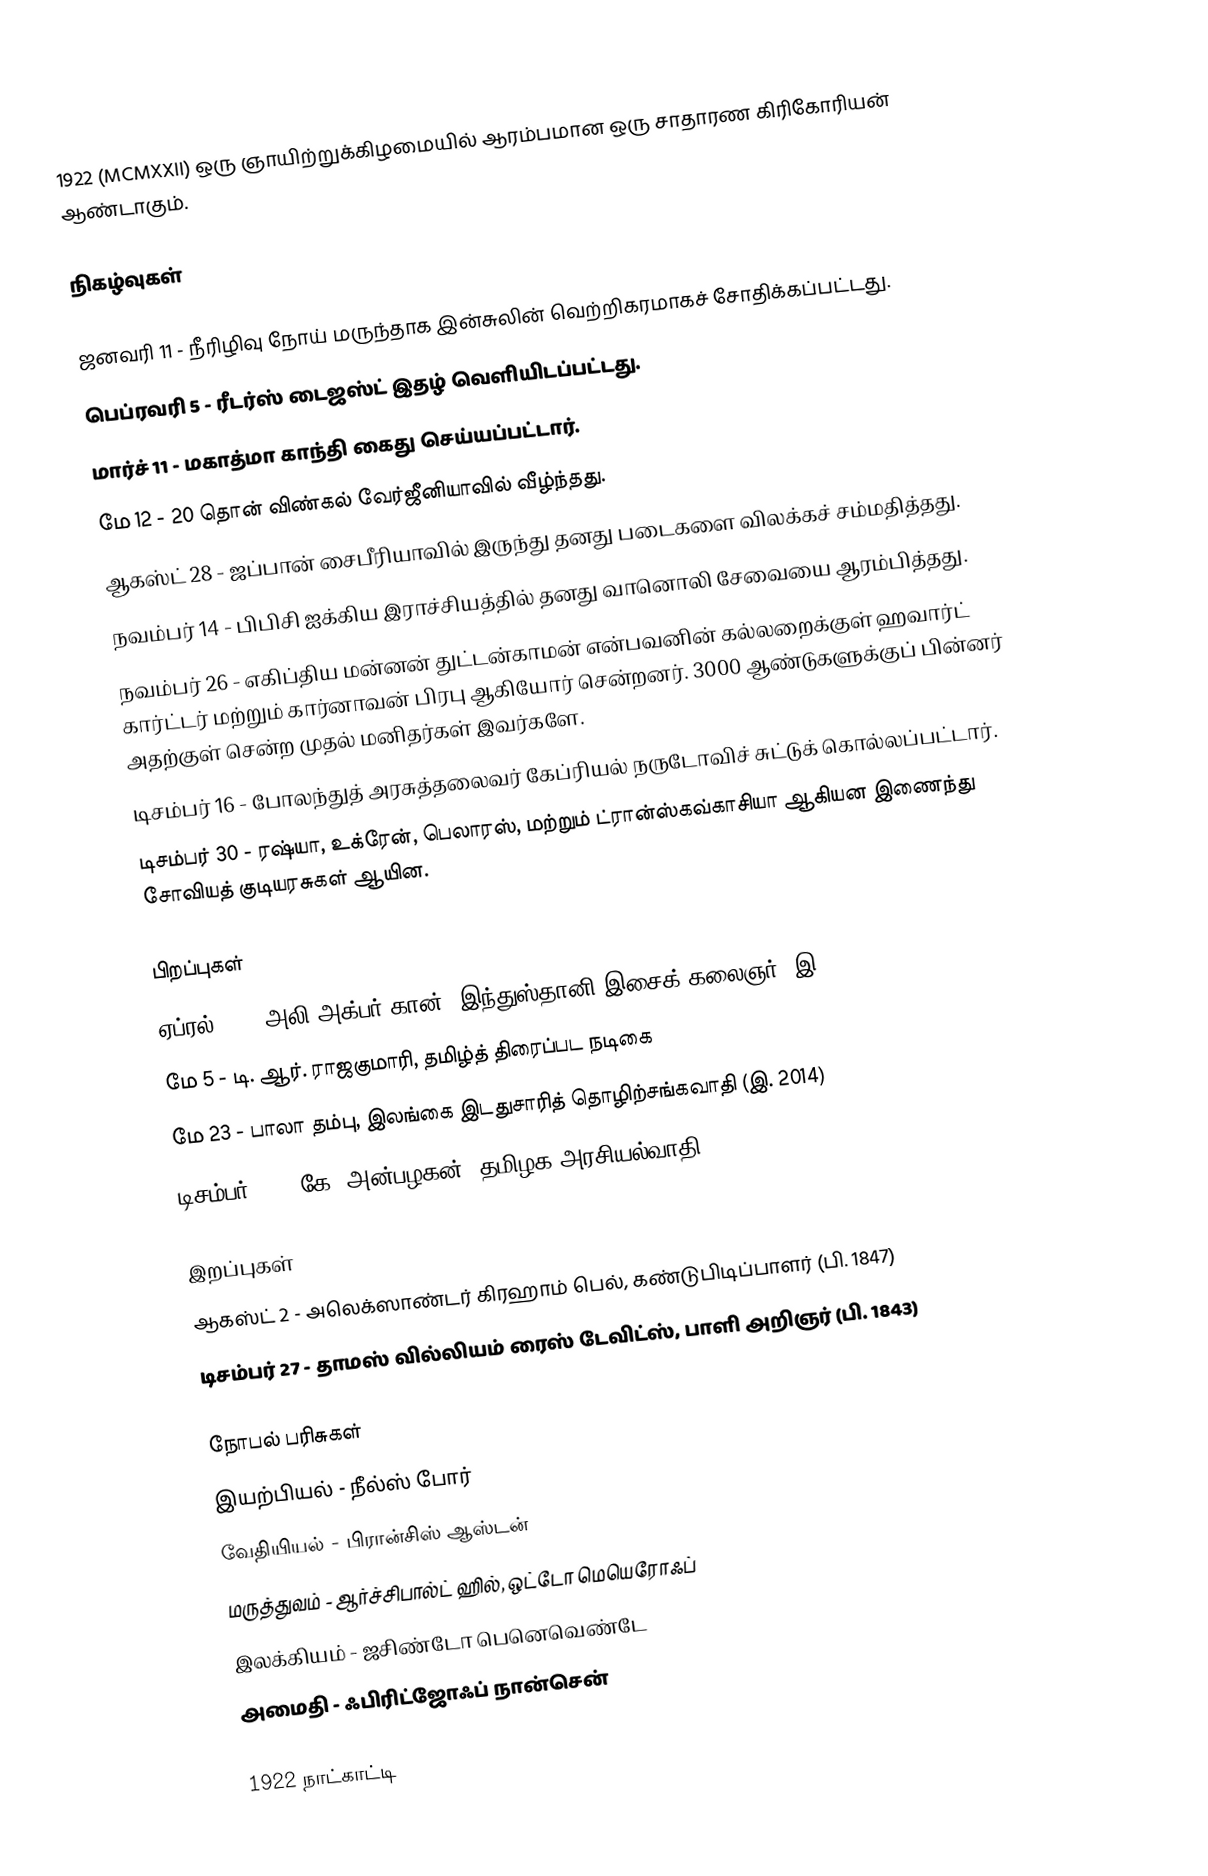
1922  (MCMXXII) ஒரு ஞாயிற்றுக்கிழமையில் ஆரம்பமான ஒரு சாதாரண கிரிகோரியன் ஆண்டாகும்.

நிகழ்வுகள்

 ஜனவரி 11 - நீரிழிவு நோய் மருந்தாக இன்சுலின் வெற்றிகரமாகச் சோதிக்கப்பட்டது.
 பெப்ரவரி 5 - ரீடர்ஸ் டைஜஸ்ட் இதழ் வெளியிடப்பட்டது.
 மார்ச் 11 - மகாத்மா காந்தி கைது செய்யப்பட்டார்.
 மே 12 - 20 தொன் விண்கல் வேர்ஜீனியாவில் வீழ்ந்தது.
 ஆகஸ்ட் 28 - ஜப்பான் சைபீரியாவில் இருந்து தனது படைகளை விலக்கச் சம்மதித்தது.
 நவம்பர் 14 - பிபிசி ஐக்கிய இராச்சியத்தில் தனது வானொலி சேவையை ஆரம்பித்தது.
 நவம்பர் 26 - எகிப்திய மன்னன் துட்டன்காமன் என்பவனின் கல்லறைக்குள் ஹவார்ட் கார்ட்டர் மற்றும் கார்னாவன் பிரபு ஆகியோர் சென்றனர். 3000 ஆண்டுகளுக்குப் பின்னர் அதற்குள் சென்ற முதல் மனிதர்கள் இவர்களே.
 டிசம்பர் 16 - போலந்துத் அரசுத்தலைவர் கேப்ரியல் நருடோவிச் சுட்டுக் கொல்லப்பட்டார்.
 டிசம்பர் 30 - ரஷ்யா, உக்ரேன், பெலாரஸ், மற்றும் ட்ரான்ஸ்கவ்காசியா ஆகியன இணைந்து சோவியத் குடியரசுகள் ஆயின.

பிறப்புகள்
 ஏப்ரல் 14 - அலி அக்பர் கான், இந்துஸ்தானி இசைக் கலைஞர் (இ. 2009)
 மே 5 - டி. ஆர். ராஜகுமாரி, தமிழ்த் திரைப்பட நடிகை
 மே 23 - பாலா தம்பு, இலங்கை இடதுசாரித் தொழிற்சங்கவாதி (இ. 2014)
 டிசம்பர் 19 - கே. அன்பழகன், தமிழக அரசியல்வாதி

இறப்புகள்
 ஆகஸ்ட் 2 - அலெக்ஸாண்டர் கிரஹாம் பெல், கண்டுபிடிப்பாளர் (பி. 1847)
 டிசம்பர் 27 - தாமஸ் வில்லியம் ரைஸ் டேவிட்ஸ், பாளி அறிஞர் (பி. 1843)

நோபல் பரிசுகள்
 இயற்பியல் - நீல்ஸ் போர்
 வேதியியல் - பிரான்சிஸ் ஆஸ்டன்
 மருத்துவம் - ஆர்ச்சிபால்ட் ஹில், ஒட்டோ மெயெரோஃப்
 இலக்கியம் - ஜசிண்டோ பெனெவெண்டே
 அமைதி - ஃபிரிட்ஜோஃப் நான்சென்

1922 நாட்காட்டி